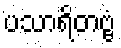
ပသာရိတဗ္ဗံ